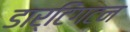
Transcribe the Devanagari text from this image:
डार्टिंगटन